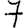
Digit: 7